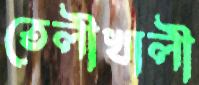
তেলীখালী